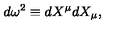
d \omega ^ { 2 } \equiv d X ^ { \mu } d X _ { \mu } ,